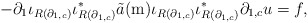
\begin{align*}-\partial_{1}\iota_{R(\partial_{1,c})} \iota_{R(\partial_{1,c})}^{*} \tilde{a}(\mathrm{m})\iota_{R(\partial_{1,c})}\iota_{R(\partial_{1,c})}^{*} \partial_{1,c}u=f,\end{align*}